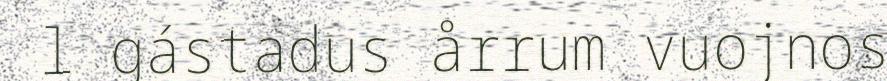
l gástadus årrum vuojnos